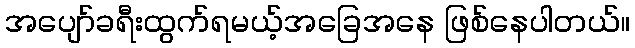
အပျော်ခရီးထွက်ရမယ့်အခြေအနေ ဖြစ်နေပါတယ်။